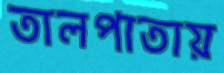
তালপাতায়